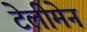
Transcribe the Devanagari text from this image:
टेलीमेन